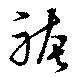
袴